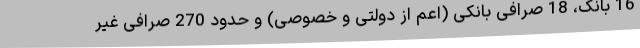
16 بانک، 18 صرافی بانکی (اعم از دولتی و خصوصی) و حدود 270 صرافی غیر